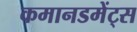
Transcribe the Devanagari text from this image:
कमानडमेंट्स